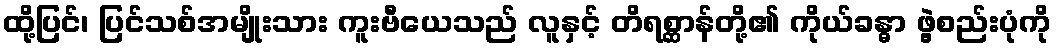
ထို့ပြင်၊ ပြင်သစ်အမျိုးသား ကူးဗီယေသည် လူနှင့် တိရစ္ဆာန်တို့၏ ကိုယ်ခန္ဓာ ဖွဲ့စည်းပုံကို